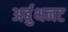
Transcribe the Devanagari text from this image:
अर्बुथनट